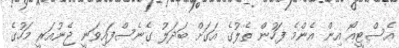
އެސްޓީއޯ އިން އެންމެ ފަހުން ތެލުގެ އަގަށް ބަދަލު ގެނެސްފައިވަނީ ޖެނުއަރީ މަހުގެ